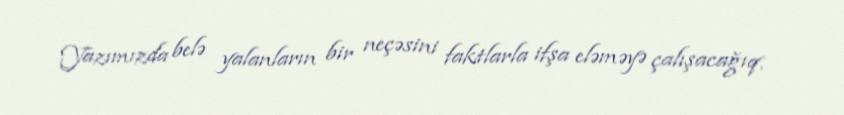
Yazımızda belə yalanların bir neçəsini faktlarla ifşa eləməyə çalışacağıq.